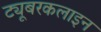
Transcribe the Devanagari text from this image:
ट्यूबरकलाइन